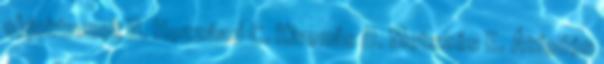
objektumok B. Hozzáad C. Kivonás D. Metszés E. Átfedés